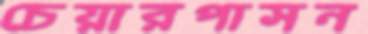
চেয়ারপাসন